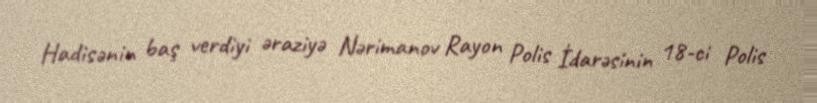
Hadisənin baş verdiyi əraziyə Nərimanov Rayon Polis İdarəsinin 18-ci Polis